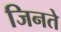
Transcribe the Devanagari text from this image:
जिनते